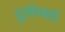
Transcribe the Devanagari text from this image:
दुर्योधनादि